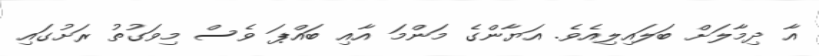
އާ ދިމާލަށްް ބަލައިލިއެވެ. އަޔާންގެ މަންމަ އާއި ބައްޕަ ވެސް މިވަގުތު ރަށުގައި